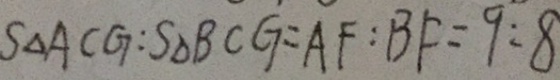
S _ { \Delta } A C G : S _ { \Delta } B C G = A F : B F = 9 : 8